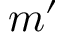
m ^ { \prime }